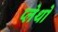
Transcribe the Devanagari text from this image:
प्लेथो